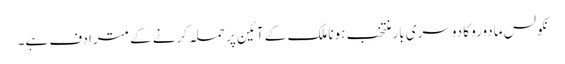
نکولس مادورو کا دوسری بار منتخب ہونا ملک کے آئین پر حملہ کرنے کے مترادف ہے۔